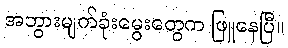
အဘွားမျက်ခုံးမွေးတွေက ဖြူနေပြီ။